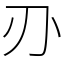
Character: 刅